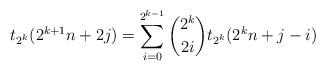
LaTeX: \begin{align*}t_{2^k}(2^{k+1}n+2j)=\sum_{i=0}^{2^{k-1}} {2^k\choose 2i}t_{2^k}(2^kn+j-i)\end{align*}